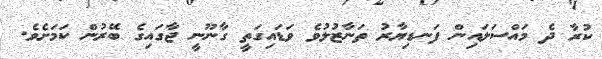
ކުރާ ދެ މައްސަލައިން ފަނޑިޔާރު ތަނާޒުލުވެ ވަޑައިގަތީ ގާނޫނީ ޖާގައިގެ ބޭރުން ކަމަށެވެ.